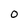
Character: 0